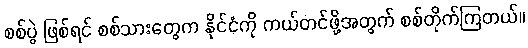
စစ်ပွဲ ဖြစ်ရင် စစ်သားတွေက နိုင်ငံကို ကယ်တင်ဖို့အတွက် စစ်တိုက်ကြတယ်။